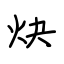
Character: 炔